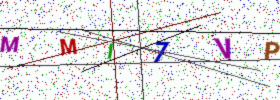
Text: MMI7VP